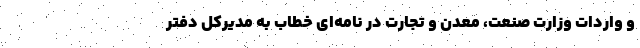
و واردات وزارت صنعت، معدن و تجارت در نامه‌ای خطاب به مدیرکل دفتر